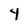
Character: 4